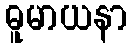
ဓူမာယနာ